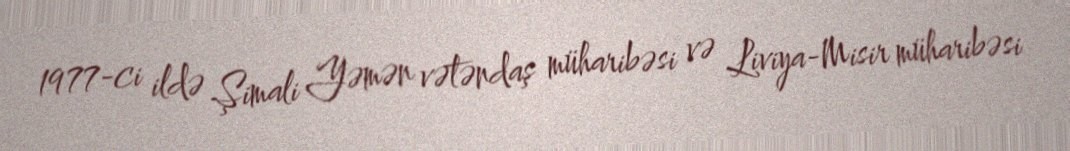
1977-ci ildə Şimali Yəmən vətəndaş müharibəsi və Liviya-Misir müharibəsi